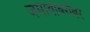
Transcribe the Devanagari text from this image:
जमावाबरोबर